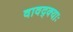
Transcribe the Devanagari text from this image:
वावद्क्याः